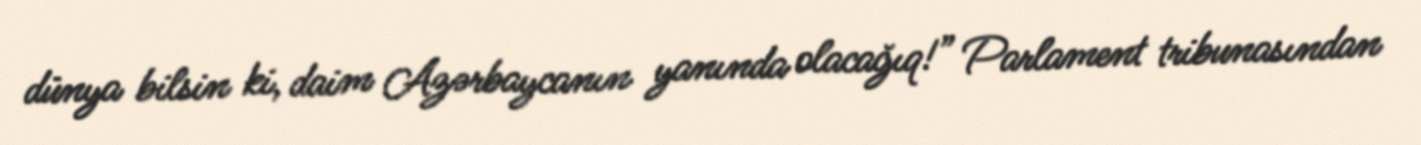
dünya bilsin ki, daim Azərbaycanın yanında olacağıq!” Parlament tribunasından